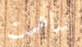
ساهمت